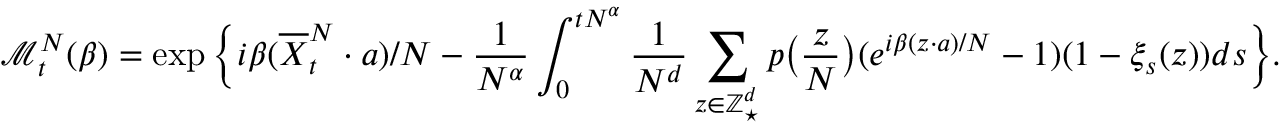
{ \mathcal M } _ { t } ^ { N } ( \beta ) = \exp \Big \{ i \beta ( \overline { { X } } _ { t } ^ { N } \cdot a ) / N - \frac { 1 } { N ^ { \alpha } } \int _ { 0 } ^ { t N ^ { \alpha } } \frac { 1 } { N ^ { d } } \sum _ { z \in \mathbb Z _ { \star } ^ { d } } p \big ( \frac { z } { N } \big ) ( e ^ { i \beta ( z \cdot a ) / N } - 1 ) ( 1 - \xi _ { s } ( z ) ) d s \Big \} .